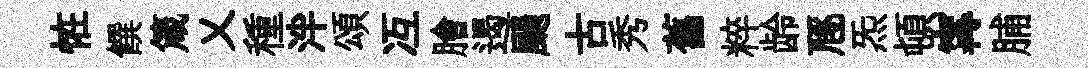
恠饌箴乂種泮頌冱膾遏颺古秀舊粹龄豗炁頓𡩋脯